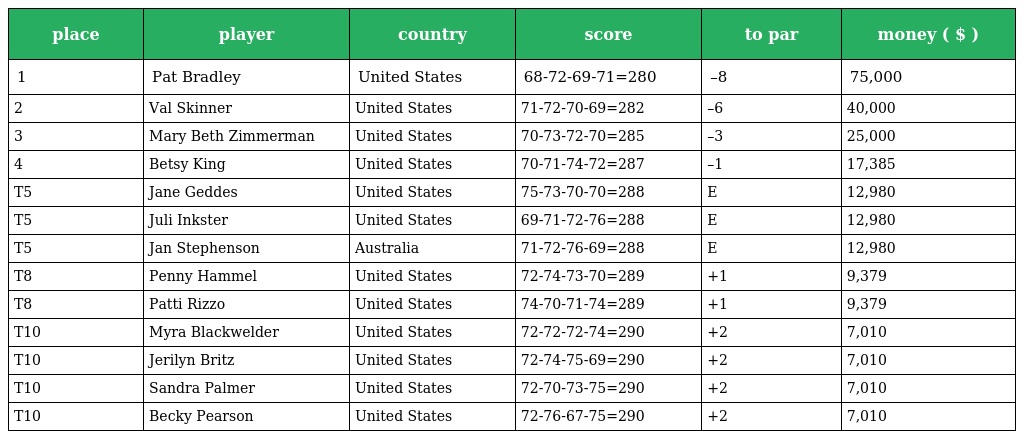
| place | player | country | score | to par | money ( $ ) |
 | --- | --- | --- | --- | --- | --- |
 | 1 | Pat Bradley | United States | 68-72-69-71=280 | –8 | 75,000 |
 | 2 | Val Skinner | United States | 71-72-70-69=282 | –6 | 40,000 |
 | 3 | Mary Beth Zimmerman | United States | 70-73-72-70=285 | –3 | 25,000 |
 | 4 | Betsy King | United States | 70-71-74-72=287 | –1 | 17,385 |
 | T5 | Jane Geddes | United States | 75-73-70-70=288 | E | 12,980 |
 | T5 | Juli Inkster | United States | 69-71-72-76=288 | E | 12,980 |
 | T5 | Jan Stephenson | Australia | 71-72-76-69=288 | E | 12,980 |
 | T8 | Penny Hammel | United States | 72-74-73-70=289 | +1 | 9,379 |
 | T8 | Patti Rizzo | United States | 74-70-71-74=289 | +1 | 9,379 |
 | T10 | Myra Blackwelder | United States | 72-72-72-74=290 | +2 | 7,010 |
 | T10 | Jerilyn Britz | United States | 72-74-75-69=290 | +2 | 7,010 |
 | T10 | Sandra Palmer | United States | 72-70-73-75=290 | +2 | 7,010 |
 | T10 | Becky Pearson | United States | 72-76-67-75=290 | +2 | 7,010 |